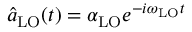
\hat { a } _ { \mathrm { L O } } ( t ) = \alpha _ { \mathrm { L O } } e ^ { - i \omega _ { \mathrm { L O } } t }